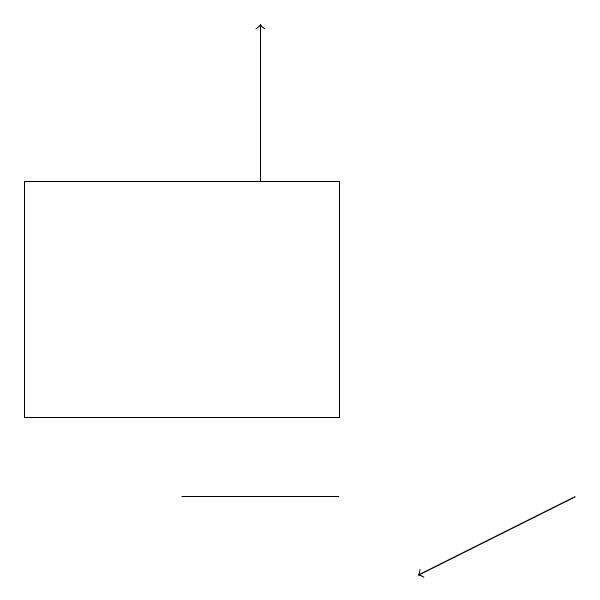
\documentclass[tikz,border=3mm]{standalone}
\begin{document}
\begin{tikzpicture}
\draw (1,16) rectangle (5,13);
\draw[->] (8,12) -- (6,11);
\draw (3,12) rectangle (5,12);
\draw[->] (4,16) -- (4,18);
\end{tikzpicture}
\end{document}